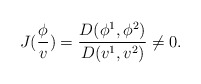
\begin{align*}J(\frac \phi v)=\frac{D(\phi ^1,\phi ^2)}{D(v^1,v^2)}\neq 0.\end{align*}